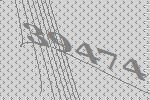
39474